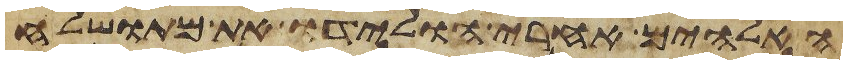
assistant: האלהים אחרי הולידו את מתושלח